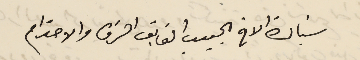
سَيادة الاخ الحبيب الفايق الشرف والاحترام